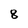
Character: 8